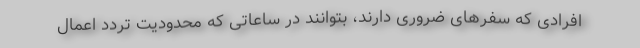
افرادی که سفرهای ضروری دارند، بتوانند در ساعاتی که محدودیت تردد اعمال